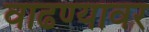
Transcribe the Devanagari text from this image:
वाढण्यावर